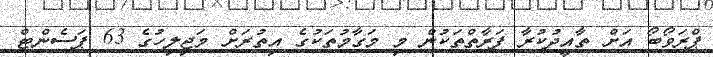
ޕްރަވޯބޯ އަށް ތާއީދުކުރާ ފަރާތްތަކުން މި މަގާމުތަކުގެ އިތުރަށް މަޖިލިހުގެ 63 ޕަސެންޓް